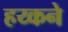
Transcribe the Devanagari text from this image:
हय्कने